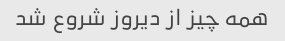
همه چیز از دیروز شروع شد